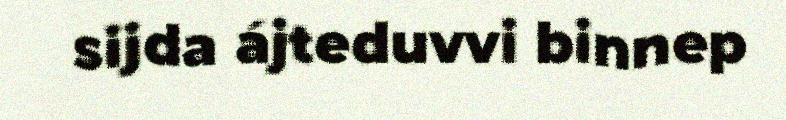
sijda ájteduvvi binnep